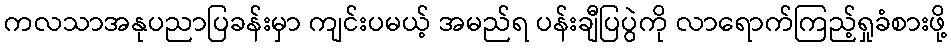
ကလသာအနုပညာပြခန်းမှာ ကျင်းပမယ့် အမည်ရ ပန်းချီပြပွဲကို လာရောက်ကြည့်ရှုခံစားဖို့